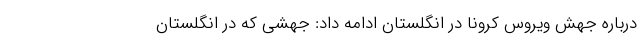
درباره جهش ویروس کرونا در انگلستان ادامه داد: جهشی که در انگلستان